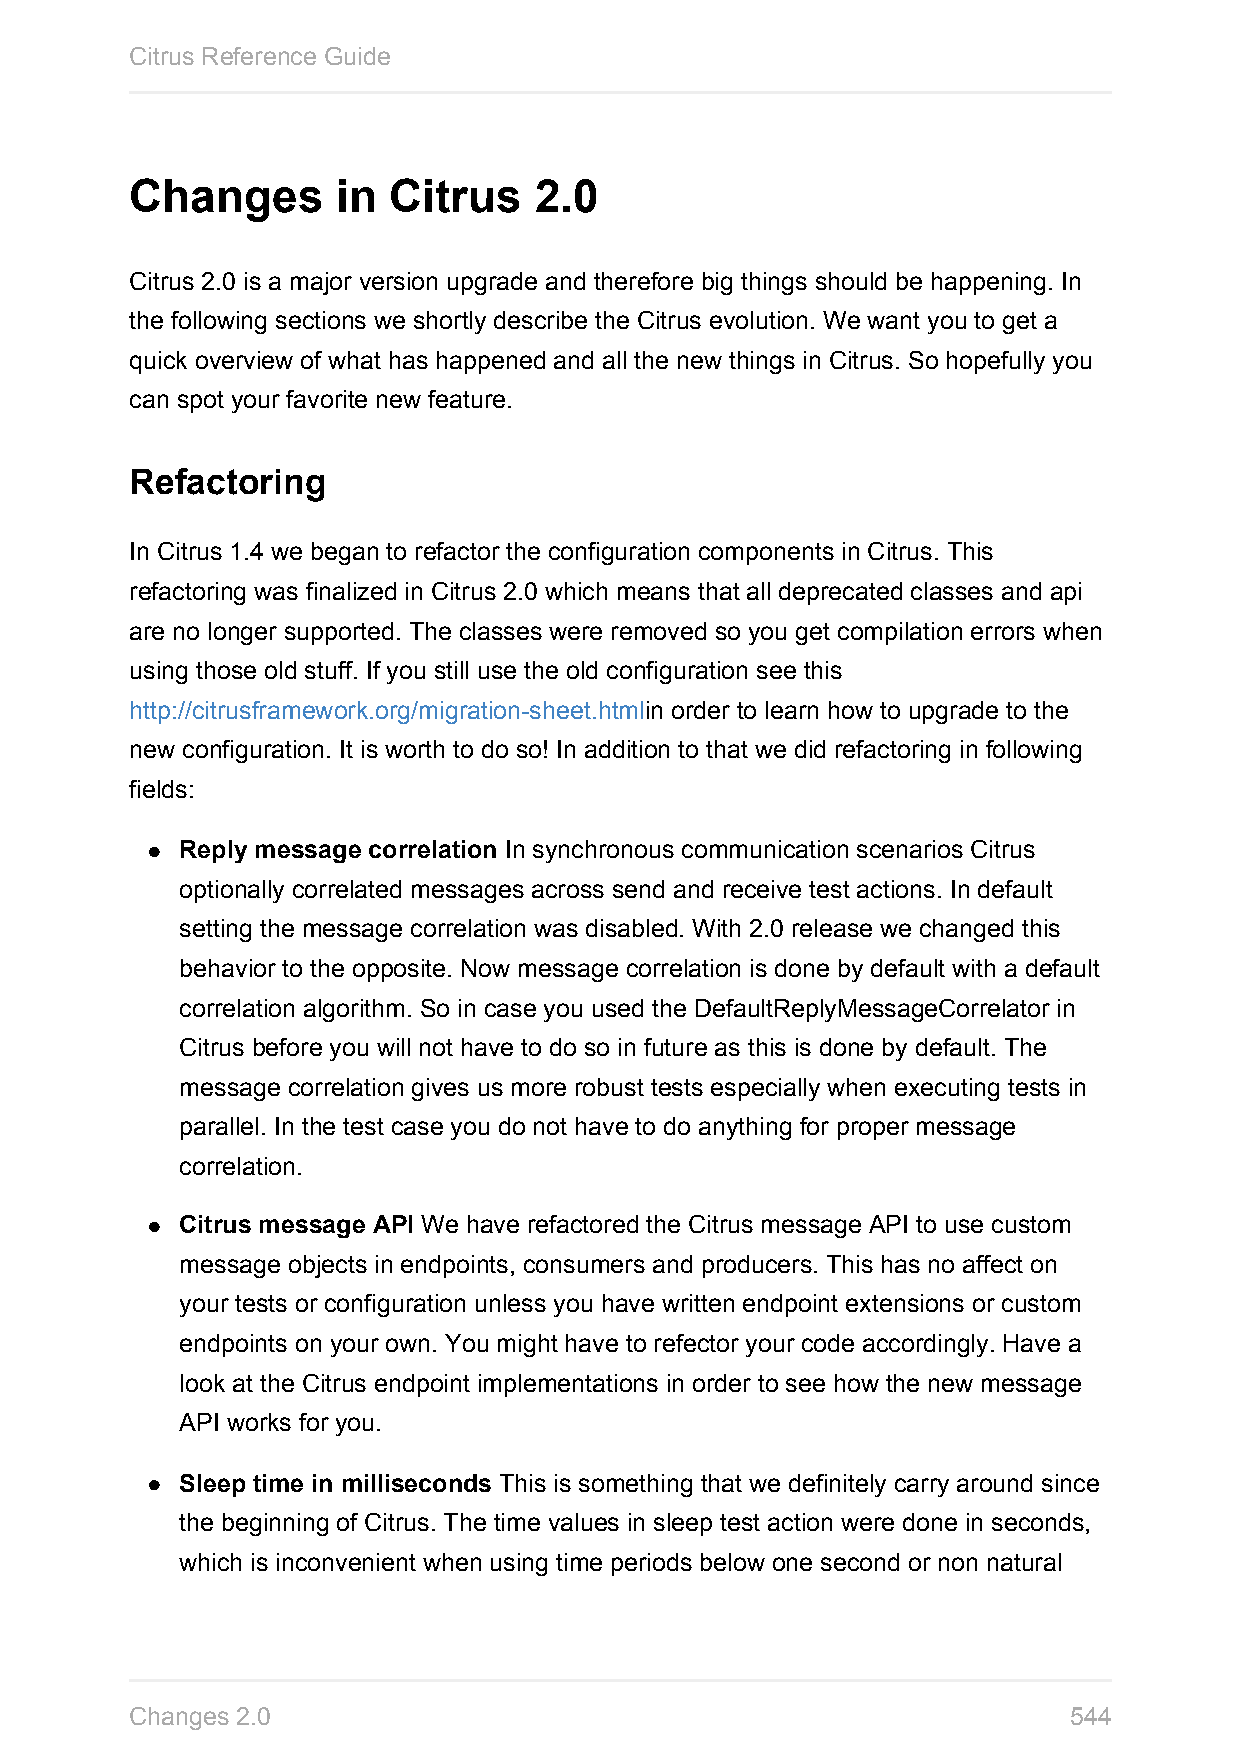
Citrus Reference Guide
 Changes      in  Citrus   2.0
 Citrus 2.0 is a major version upgrade and therefore big things should be happening. In
 the following sections we shortly describe the Citrus evolution. We want you to get a
 quick overview of what has happened and all the new things in Citrus. So hopefully you
 can spot your favorite new feature.
 Refactoring
 In Citrus 1.4 we began to refactor the configuration components in Citrus. This
 refactoring was finalized in Citrus 2.0 which means that all deprecated classes and api
 are no longer supported. The classes were removed so you get compilation errors when
 using those old stuff. If you still use the old configuration see this
 http://citrusframework.org/migration-sheet.htmlin order to learn how to upgrade to the
 new configuration. It is worth to do so! In addition to that we did refactoring in following
 fields:
 Reply message correlation In synchronous communication scenarios Citrus
 optionally correlated messages across send and receive test actions. In default
 setting the message correlation was disabled. With 2.0 release we changed this
 behavior to the opposite. Now message correlation is done by default with a default
 correlation algorithm. So in case you used the DefaultReplyMessageCorrelator in
 Citrus before you will not have to do so in future as this is done by default. The
 message correlation gives us more robust tests especially when executing tests in
 parallel. In the test case you do not have to do anything for proper message
 correlation.
 Citrus message API We have refactored the Citrus message API to use custom
 message objects in endpoints, consumers and producers. This has no affect on
 your tests or configuration unless you have written endpoint extensions or custom
 endpoints on your own. You might have to refector your code accordingly. Have a
 look at the Citrus endpoint implementations in order to see how the new message
 API works for you.
 Sleep time in milliseconds This is something that we definitely carry around since
 the beginning of Citrus. The time values in sleep test action were done in seconds,
 which is inconvenient when using time periods below one second or non natural
 Changes 2.0                                                   544